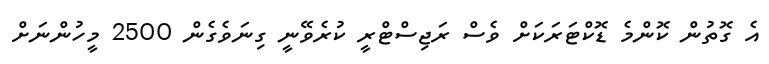
އެ ގޮތުން ކޮންމެ ޑޮކްޓަރަކަށް ވެސް ރަޖިސްޓްރީ ކުރެވޭނީ ގިނަވެގެން 2500 މީހުންނަށް